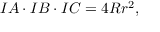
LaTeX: I A \cdot I B \cdot I C = 4 R r ^ { 2 } ,